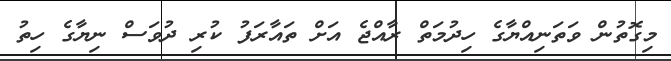
މިގޮތުން ވަތަނިއްޔާގެ ހިދުމަތް ރާއްޖެ އަށް ތައާރަފު ކުރި ދުވަސް ނިޔާގެ ހިތު